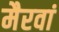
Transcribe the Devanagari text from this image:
मैरवां